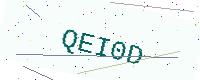
Text: QEI0D